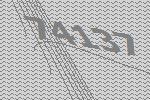
74137